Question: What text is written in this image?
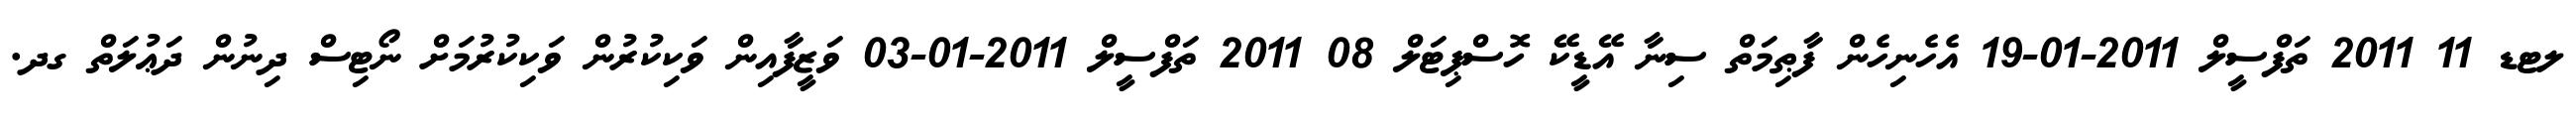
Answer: ލޓޑ 11 2011 ތަފްސީލް 2011-01-19 އެހެނިހެން ފާޠިމަތް ސިނާ އޭޑީކޭ ހޮސްޕިޓަލް 08 2011 ތަފްސީލް 2011-01-03 ވަޒީފާއިން ވަކިކުރުން ވަކިކުރުމަށް ނޯޓިސް ދިނުން ދަޢުލަތް ގދ.